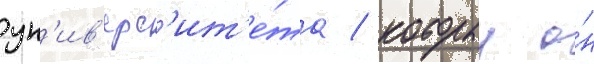
ун'ив'ерс'ит'е́та / которыи о́н